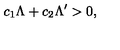
c _ { 1 } \Lambda + c _ { 2 } \Lambda ^ { \prime } > 0 ,